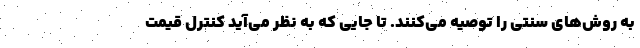
به روش‌های سنتی را توصیه می‌کنند. تا جایی که به نظر می‌آید کنترل قیمت